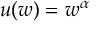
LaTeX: u ( w ) = w ^ { \alpha }